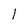
Character: 1